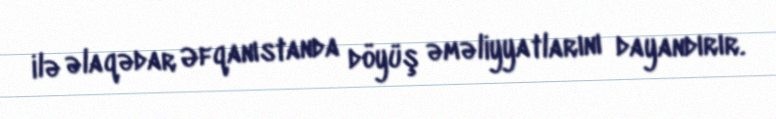
ilə əlaqədar Əfqanıstanda döyüş əməliyyatlarını dayandırır.